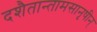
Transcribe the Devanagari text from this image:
दशैतान्तामसानृषीन्